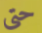
حتى